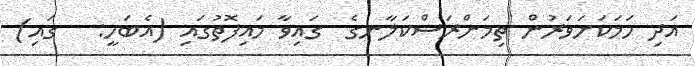
އަދި ހަމަކަށަވަރުން ތިމަންރަސްކަލާނގެ  ގައިވާ މައިފޮތުގައި (އެބަހީ:   ގައި)